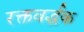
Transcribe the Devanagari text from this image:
रक्तवर्द्धक